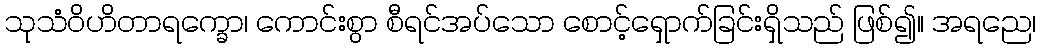
သုသံဝိဟိတာရက္ခော၊ ကောင်းစွာ စီရင်အပ်သော စောင့်ရှောက်ခြင်းရှိသည် ဖြစ်၍။ အရညေ၊